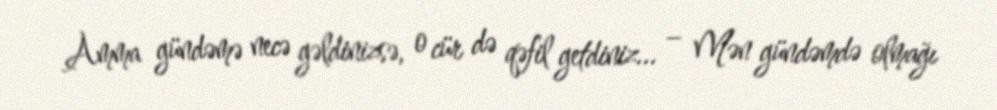
Amma gündəmə necə gəldinizsə, o cür də qəfil getdiniz... – Mən gündəmdə olmağı